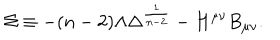
LaTeX: \Sigma \equiv - ( n - 2 ) \Lambda \Delta ^ { \frac { 1 } { n - 2 } } - H ^ { \mu \nu } B _ { \mu \nu } .